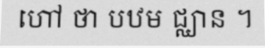
ហៅ ថា បឋម ជ្ឈាន ។